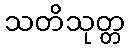
သတိသုတ္တ